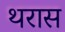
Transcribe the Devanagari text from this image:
थरास